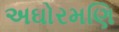
અઘોરમણિ